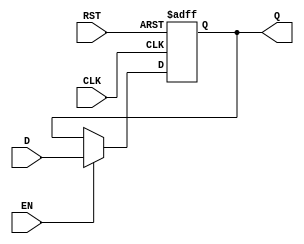
module stage_register #(
    parameter WIDTH = 8 // Parameter to define the bit-width of the register
)(
    input wire [WIDTH-1:0] D,      // Data Input
    input wire CLK,                 // Clock Input
    input wire RST,                 // Reset Input
    input wire EN,                  // Enable Input
    output reg [WIDTH-1:0] Q        // Data Output
);

// Asynchronous Reset and Synchronous Data Capture
always @(posedge CLK or posedge RST) begin
    if (RST) begin
        Q <= {WIDTH{1'b0}}; // Reset Q to 0
    end else if (EN) begin
        Q <= D; // Capture Data Input on Clock edge if Enable is asserted
    end
    // If EN is not asserted, Q retains its previous value
end

endmodule